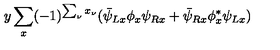
y \sum _ { x } ( - 1 ) ^ { \sum _ { \nu } x _ { \nu } } ( \bar { \psi } _ { L x } \phi _ { x } \psi _ { R x } + \bar { \psi } _ { R x } \phi _ { x } ^ { * } \psi _ { L x } )